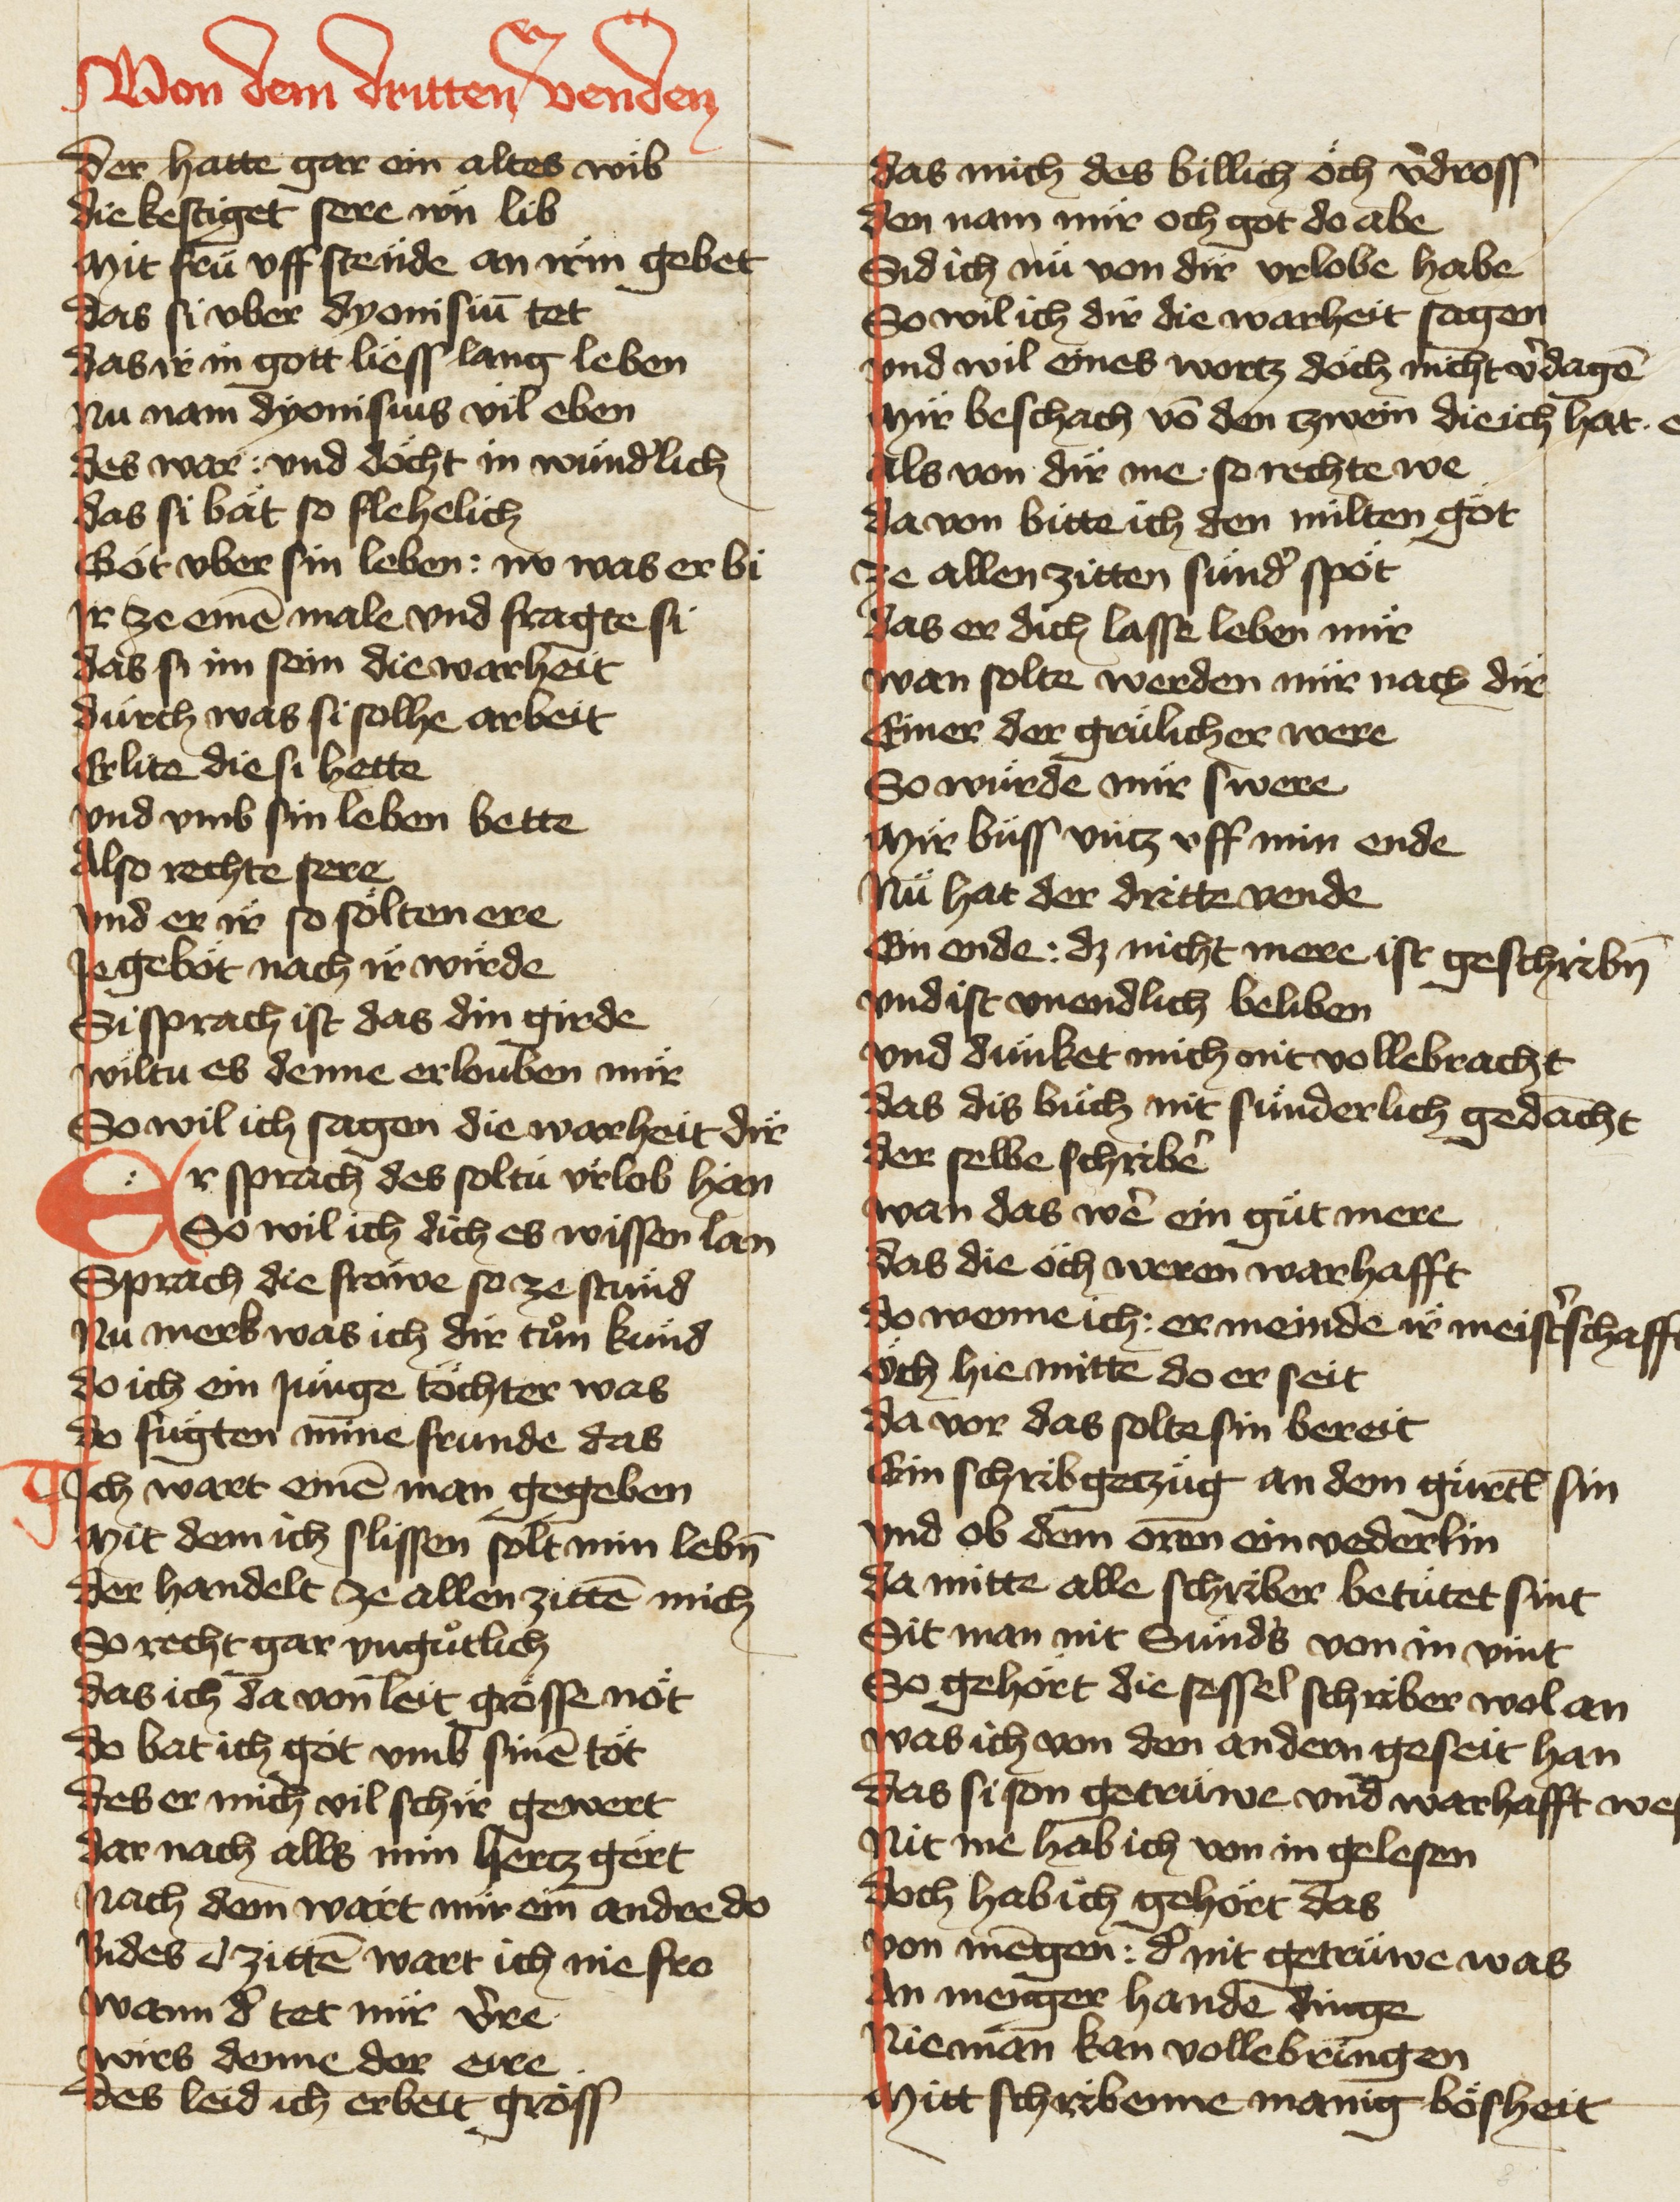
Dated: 1420–1429